Annual report of the Punjab Veterinary College and of the Civil Veterinary Department, Punjab - 1909-1919
Year: 1909
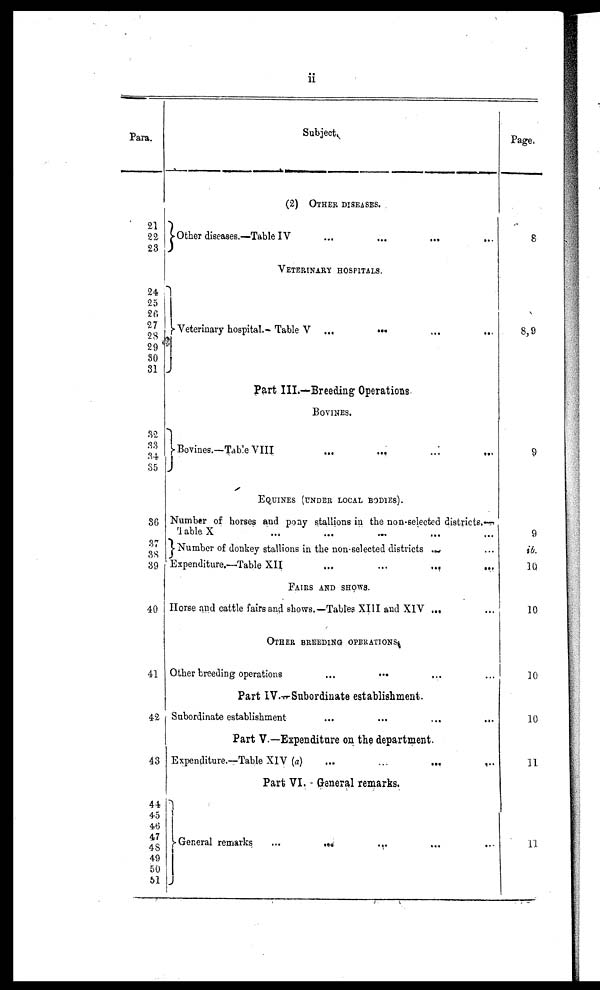
ii
Para.
21
22
23
24
25
26
27
28
29
30
31
32
33
34
35
36
37
38
39
40
41
42
43
44
45
40
47
48
49
50
51
Subject.
(2) Other diseases.
Other diseases.—Table IV ... ...
VETERINARY HOSPITALS.
Veterinary hospital.-Table V ...
...
...
...
Part III.-Breeding Operations
BOVINES.
Bovines.—Table VIII
...
...
...
...
EQUINES (UNDER LOCAL BODIES).
Number of horses and pony stallions in the non-selected districts.—
Table X ... ... ...
Number of donkey stallions in the non-selected districts ...
Expenditure.—Table XII
...
...
...
...
FAIRS AND SHOWS.
Horse and cattle fairs and shows.—Tables XIII and XIV ... ...
OTHER BREEDING OPERATION
Other breeding operations ...
Part IV.-Subordinate establishment.
Subordinate establishment
...
...
...
...
Part V.—Expenditure on the department.
Expenditure.—Table XIV (a)
...
...
...
...
Part VI. - General remarks.
General remarks
...
...
...
...
...
Page.
8
8, 9
9
9
ib.
10
10
10
10
11
11